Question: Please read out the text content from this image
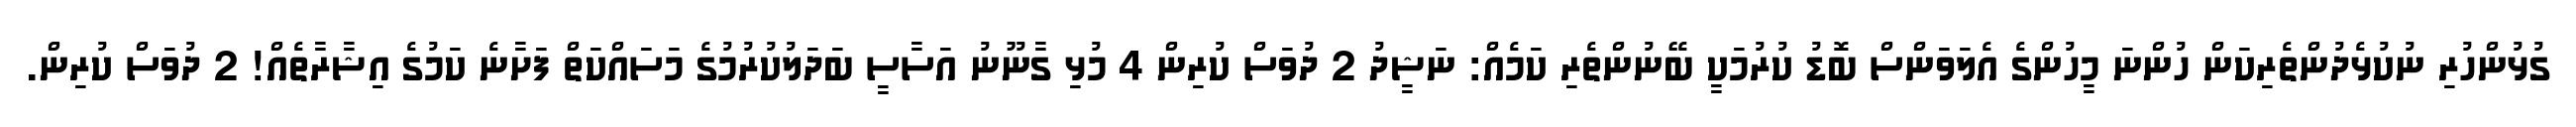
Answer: ގުޅުންހުރި ނުކުޅެދުންތެރިކަން ހުންނަ މީހުންގެ އެލަވަންސް ބޮޑު ކުރުމަކީ ބޭނުންތެރި ކަމެއް: ނަޝީދު 2 ދުވަސް ކުރިން 4 މުޅި ގާނޫނު އަސާސީ ބަދަލުކުރުމުގެ މަސައްކަތް ފަށާނެ ކަމުގެ އިޝާރާތެއް! 2 ދުވަސް ކުރިން.